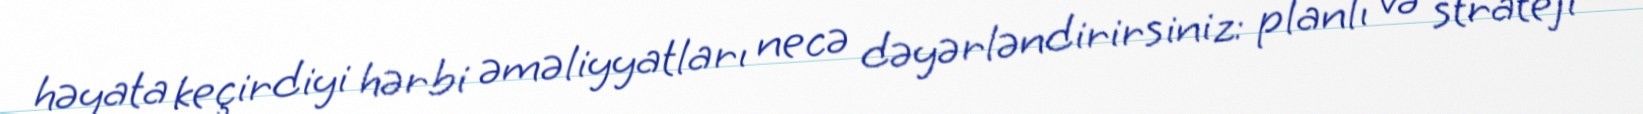
həyata keçirdiyi hərbi əməliyyatları necə dəyərləndirirsiniz: planlı və strateji